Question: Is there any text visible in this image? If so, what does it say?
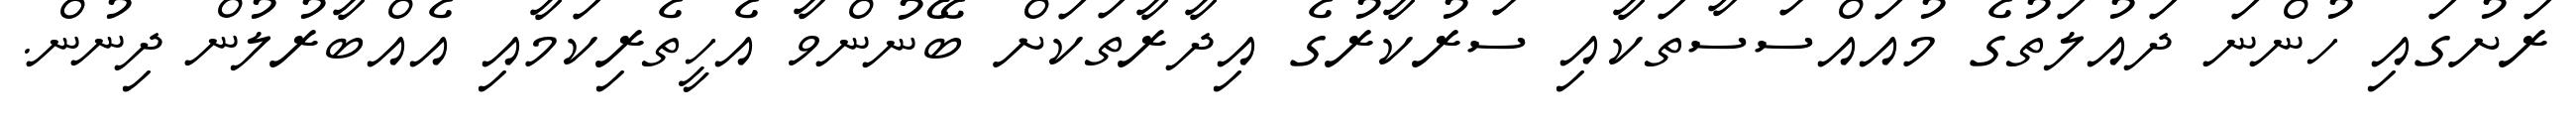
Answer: ރަށުގައި ހުންނަ ދައުލަތުގެ މުއައްސަސާތަކާއި ސަރުކާރުގެ އިދާރާތަކަށް ބޭނުންވާ އެހީތެރިކަމާއި އެއްބާރުލުން ދިނުން.